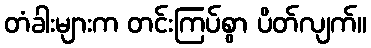
တံခါးများက တင်းကြပ်စွာ ပိတ်လျက်။